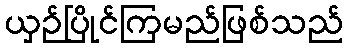
ယှဉ်ပြိုင်ကြမည်ဖြစ်သည်